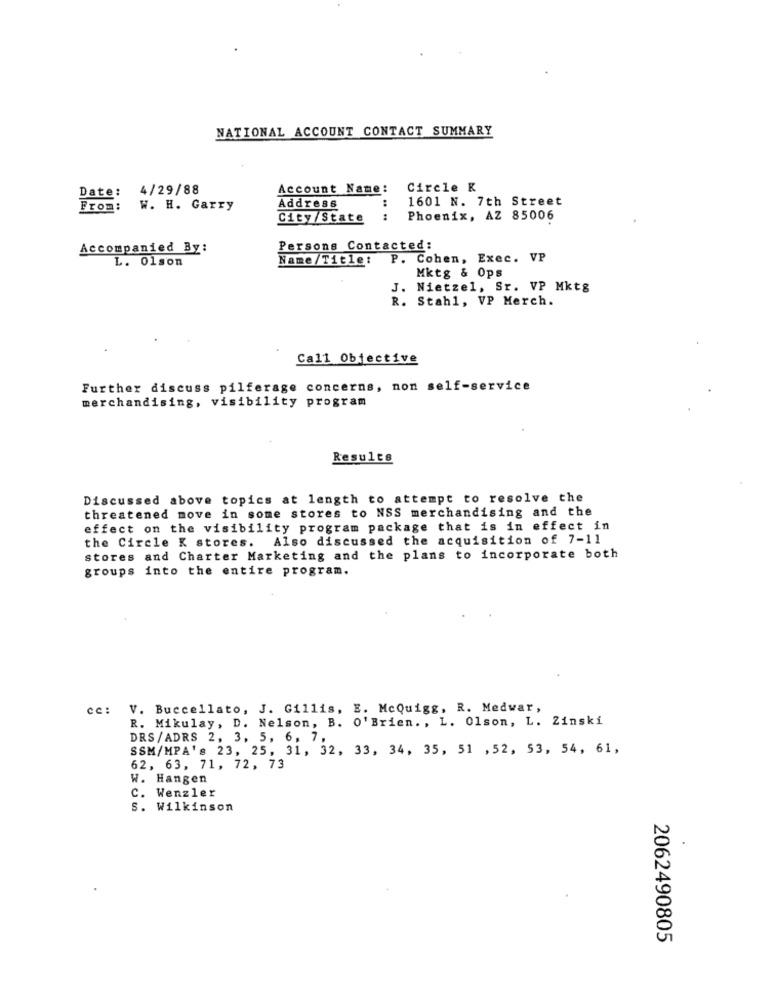
NATIONAL ACCOUNT CONTACT SUMMARY
4/29/88
Account Name:
Circle K
Date:
1601 N. 7th Street
From: W. H. Garry
Address
City/State
:
....
Phoenix, AZ 85006
Accompanied By:
Persons Contacted:
L. 01son
Name/Title:
P. Cohen, Exec. VP
Mktg & Ops
J.
Nietzel, Sr. VP Mktg
R. Stahl, VP Merch.
Ca11 Objective
Further discuss pilferage concerns, non self-service
merchandising, visibility program
Results
Discussed above topics at length to attempt to resolve the
threatened move in some stores to NSS merchandising and the
effect on the visibility program package that is in effect in
the Circle K stores. Also discussed the acquisition of 7-11
stores and Charter Marketing and the plans to incorporate both
groups into the entire program.
cc:
V. Buccellato, J. Gillis, E. McQuigg, R. Medwar,
R. Mikulay, D. Nelson, B. O' Brien. , L. Olson, L. Zinski
DRS/ADRS 2, 3, 5, 6, 7,
SSM/MPA's 23, 25, 31, 32, 33, 34, 35, 51 , 52, 53, 54, 61,
62, 63, 71, 72, 73
W. Hangen
C. Wenzler
S. Wilkinson
2062490805